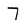
Character: 7